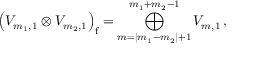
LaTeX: \left( { \cal V } _ { m _ { 1 } , 1 } \otimes { \cal V } _ { m _ { 2 } , 1 } \right) _ { \mathrm f } = \bigoplus _ { m = | m _ { 1 } - m _ { 2 } | + 1 } ^ { m _ { 1 } + m _ { 2 } - 1 } { \cal V } _ { m , 1 } \, ,